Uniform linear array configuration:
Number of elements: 32
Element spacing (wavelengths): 0.5
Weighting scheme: uniform
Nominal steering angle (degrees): -60
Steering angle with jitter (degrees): -61.428
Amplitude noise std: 0.05
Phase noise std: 0.05

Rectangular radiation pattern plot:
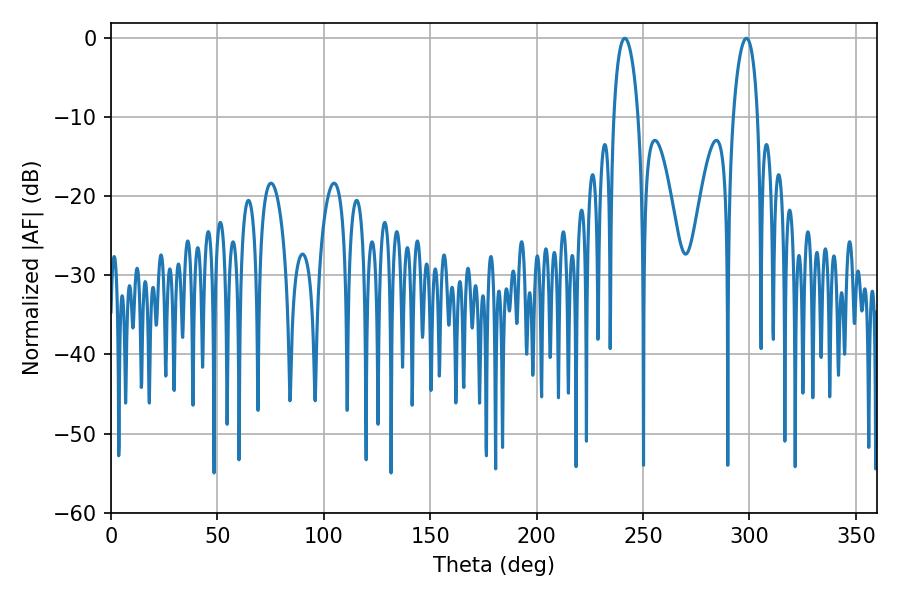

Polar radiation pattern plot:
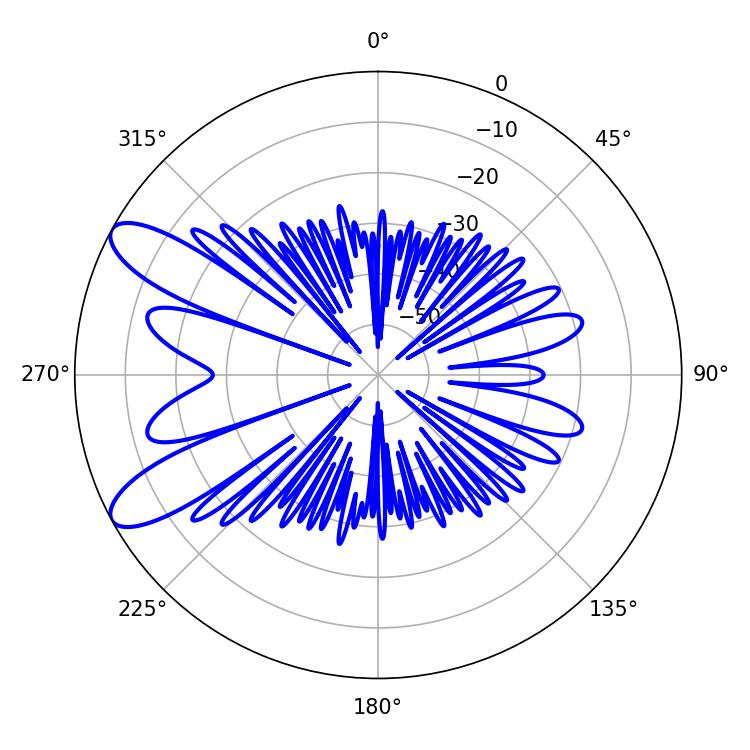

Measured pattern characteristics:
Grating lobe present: FALSE
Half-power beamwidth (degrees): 6.48
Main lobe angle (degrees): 241.38